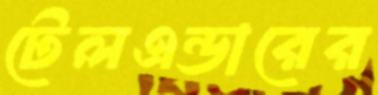
টেলএন্ডারের